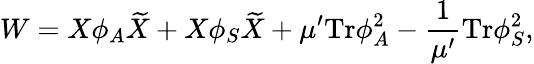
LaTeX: W=X\phi_{A}{\widetilde X}+X\phi_{S}{\widetilde X}+\mu^{\prime}\mathrm{Tr}\phi_{A}^{2}-\frac{1}{\mu^{\prime}}\mathrm{Tr}\phi_{S}^{2},